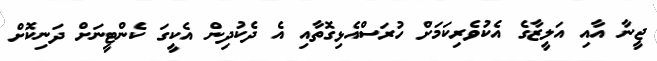
ޖީނާ އާއި އަލީޒާގެ އެކުވެރިކަމަށް ހުރަސްއެޅިގޮތާއި އެ ދެކުދިން އެކީގަ ކެންޓީނަށް ދަނިކޮށް